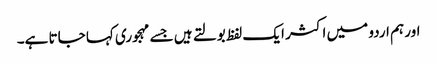
اور ہم اردو میں اکثر ایک لفظ بولتے ہیں جسے مہجوری کہا جاتا ہے۔